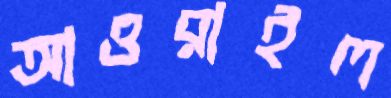
আওরাইল